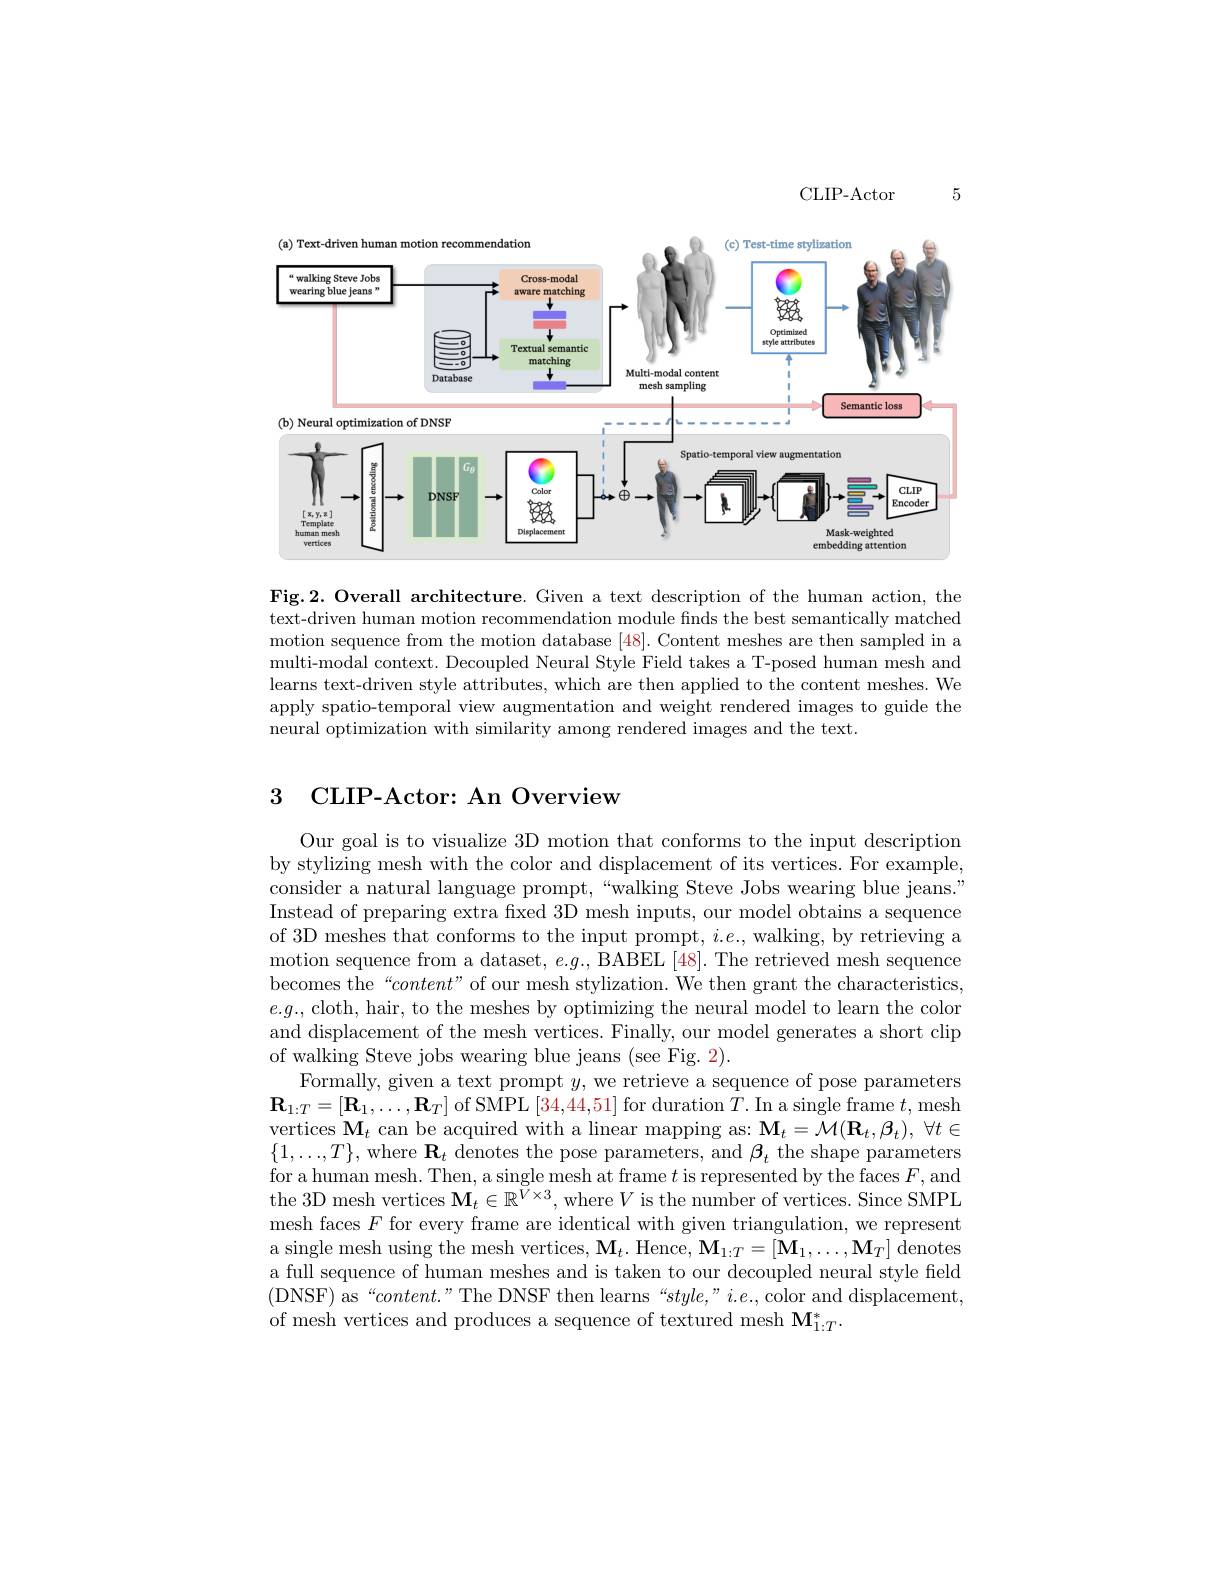
5

CLIP- Actor

<FigureHere>

Fig.2. Overall architecture. Given a text description of the human action, the text-driven human motion recommendation module finds the best semantically matched motion sequence from the motion database [48]. Content meshes are then sampled in a multi-modal context. Decoupled Neural Style Field takes a T-posed human mesh and learns text-driven style attributes, which are then applied to the content meshes. We apply spatio-temporal view augmentation and weight rendered images to guide the neural optimization with similarity among rendered images and the text.

# 3 CLIP-Actor: An Overview

Our goal is to visualize 3D motion that conforms to the input description by stylizing mesh with the color and displacement of its vertices. For example, consider a natural language prompt,“walking Steve Jobs wearing blue jeans." Instead of preparing extra fixed 3D mesh inputs, our model obtains a sequence of 3D meshes that conforms to the input prompt, $i.e.$, walking, by retrieving a motion sequence from a dataset, $e. g. $,BABEL[ 48] . The retrieved mesh sequence becomes the“$content”$ of our mesh stylization. We then grant the characteristics, $e.g.$, cloth, hair, to the meshes by optimizing the neural model to learn the color and displacement of the mesh vertices. Finally, our model generates a short clip of walking Steve jobs wearing blue jeans (see Fig. 2).
Formally, given a text prompt $y$, we retrieve a sequence of pose parameters $\mathbf{R}_{1:T}=[\mathbf{R}_{1},\ldots,\mathbf{R}_{T}]$ of SMPL [34,44,51] for duration $T.$ In a single frame $t$,mesh vertices $\mathbf{M}_t$ can be acquired with a linear mapping as: $\mathbf{M}_t=\mathcal{M}(\mathbf{R}_t,\mathbf{\beta}_t),\forall t\in$ $\{1,\ldots,T\}$, where $\mathbf{R}_t$ denotes the pose parameters, and $\beta_t$ the shape parameters for a human mesh. Then, a single mesh at frame $t$ is represented by the faces $F$,and the 3D mesh vertices $\mathbf{M}_t\in\mathbb{R}^{\breve{V}\times3}$,where $V$ is the number of vertices. Since SMPL mesh faces $F$ for every frame are identical with given triangulation, we represent a single mesh using the mesh vertices, $\mathbf{M}_t.$ Hence, $\mathbf{M}_1:T=[\mathbf{M}_1,\ldots,\mathbf{M}_T]$ denotes a full sequence of human meshes and is taken to our decoupled neural style field (DNSF) as“content.”The DNSF then learns“style,”i.e., color and displacement, of mesh vertices and produces a sequence of textured mesh $\mathbf{M}_{1:T}^*.$